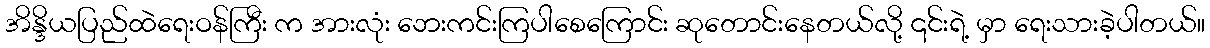
အိန္ဒိယပြည်ထဲရေးဝန်ကြီး က အားလုံး ဘေးကင်းကြပါစေကြောင်း ဆုတောင်းနေတယ်လို့ ၎င်းရဲ့ မှာ ရေးသားခဲ့ပါတယ်။